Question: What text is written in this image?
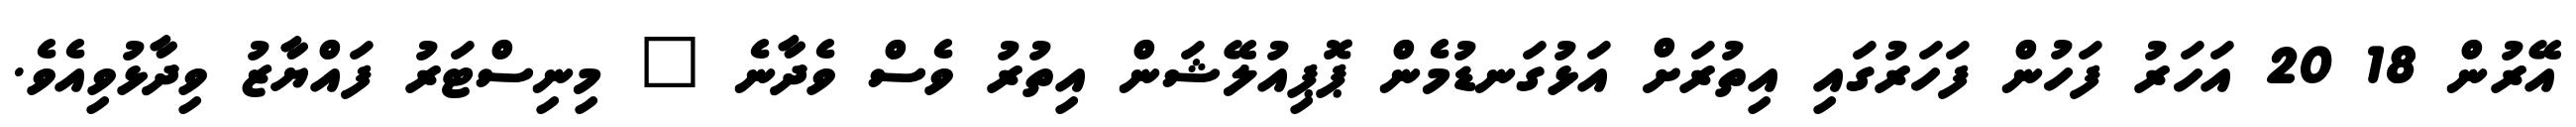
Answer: އޭރުން 18 20 އަހަރު ފަހުން ފަހަރުގައި އިތުރަށް އަޅުގަނޑުމެން ޕޮޕިއުލޭޝަން އިތުރު ވެސް ވެދާނެ " މިނިސްޓަރު ފައްޔާޒު ވިދާޅުވިއެވެ.